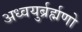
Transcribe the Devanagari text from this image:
अध्वयुर्ब्रर्ह्मणो